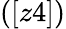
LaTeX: ([z4])